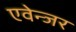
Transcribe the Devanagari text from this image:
एवेन्जर